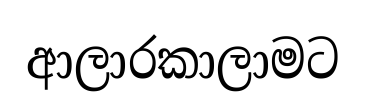
ආලාරකාලාමට